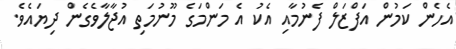
އެހެން ކަމުން އަފްޒަލް ފެނުމާއި އެކު އެ މަންމަގެ މޫނުމަތި އުޖާލާވެގެން ދިޔައެވެ.